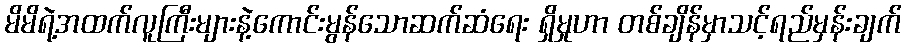
မိမိရဲ့အထက်လူကြီးများနဲ့ကောင်းမွန်သောဆက်ဆံရေး ရှိမှုဟာ တစ်ချိန်မှာသင့်ရည်မှန်းချက်